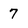
Character: 7